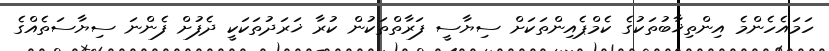
ހަމައެެހެންމެ އިންތިޚާބުތަކުގެ ކެމްޕެއިންތަކަށް ސިޔާސީ ފަރާތްތަކުން ކުރާ ޚަރަދުތަކަކީ ދެފުށް ފެންނަ ސިޔާސަތެއްގެ